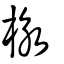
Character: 栐